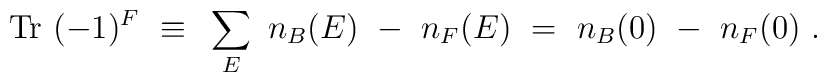
{\rm Tr}~(-1)^F ~\equiv~\sum_E ~ n_B (E) ~-~ n_F (E) ~=~ n_B (0) ~-~ n_F (0) ~.